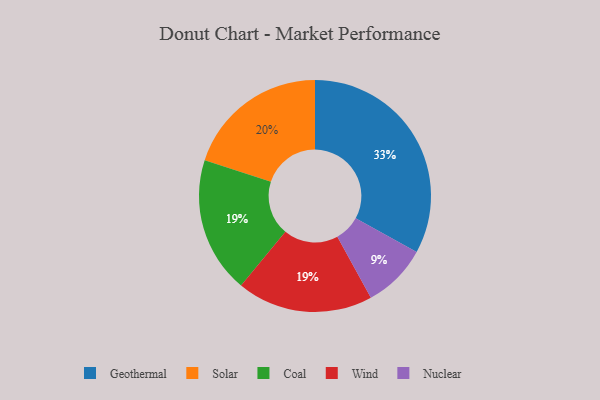
{"axis": {"x": "Category", "y": "Percentage"}, "legend": ["Coal", "Geothermal", "Nuclear", "Solar", "Wind"], "data": [{"x": "Nuclear", "y": 9, "type": "Nuclear"}, {"x": "Solar", "y": 20, "type": "Solar"}, {"x": "Geothermal", "y": 33, "type": "Geothermal"}, {"x": "Coal", "y": 19, "type": "Coal"}, {"x": "Wind", "y": 19, "type": "Wind"}]}